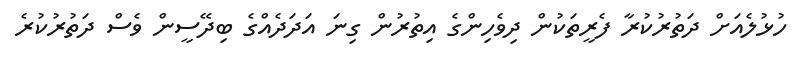
ހުޅުލެއަށް ދަތުރުކުރާ ފެރީތަކުން ދިވެހިންގެ އިތުރުން ގިނަ އަދަދެއްގެ ބިދޭސީން ވެސް ދަތުރުކުރެ